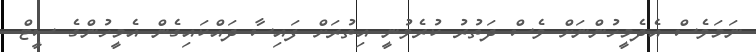
ނަމަވެސް އެދެމީހުންނަށް ވެސް ދަތުރު ކުރެވުނީ އިތުރަށް ފައިސާ ދައްކައިގެން އެމީހުންގެ ސީޓް